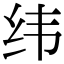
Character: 纬